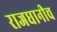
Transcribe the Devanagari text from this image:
राजधानीच